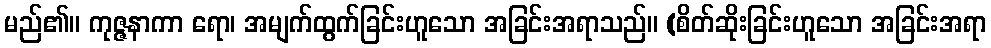
မည်၏။ ကုဇ္ဇနာကာ ရော၊ အမျက်ထွက်ခြင်းဟူသော အခြင်းအရာသည်။ (စိတ်ဆိုးခြင်းဟူသော အခြင်းအရာ